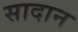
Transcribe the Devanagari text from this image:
सादान